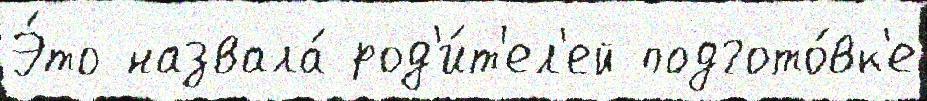
Э́то назвала́ род'и́т'ел'ей подгото́вк'е